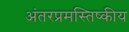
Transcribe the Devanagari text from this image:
अंतरप्रमस्तिष्‍कीय